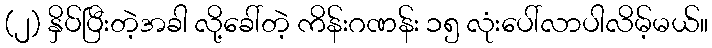
(၂) နှိပ်ပြီးတဲ့အခါ လို့ခေါ်တဲ့ ကိန်းဂဏန်း ၁၅ လုံးပေါ်လာပါလိမ့်မယ်။